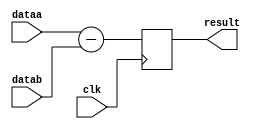
module addsub
(
	input [15:0] dataa,
	input [15:0] datab,
	input clk,
	output reg [16:0] result
);

	// always @ (posedge clk)
	always @ (posedge clk)

	begin
		// if (add_sub)
			// result <= dataa + datab;
		// else
			result <= dataa - datab;
	end

endmodule